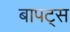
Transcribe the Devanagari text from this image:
बापट्स